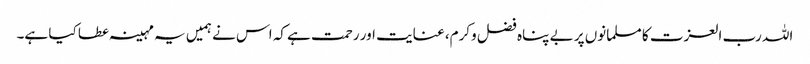
اللہ رب العزت کا مسلمانوں پر بے پناہ فضل وکرم، عنایت اور رحمت ہے کہ اس نے ہمیں یہ مہینہ عطا کیا ہے۔